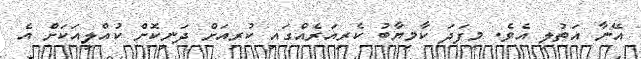
އޭނާ އަތުލި އެވެ. މިފަދަ ކާމިޔާބު ކެރިއަރެއްގައި ކުރިއަށް ދަނިކޮށް ކުއްލިއަކަށް އެ